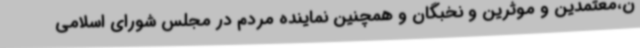
ن،معتمدین و موثرین و نخبگان و همچنین نماینده مردم در مجلس شورای اسلامی